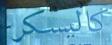
كاليسكر